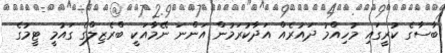
ބާސާގެ ކުރީގައި މުހިއްމު ދައުރެއް އަދާކުރަމުން އަންނަ ނޭމާއަކީ ބްރެޒިލްގެ ގައުމީ ޓީމުގެ